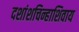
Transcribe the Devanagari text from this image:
दशांशचिन्हाशिवाय